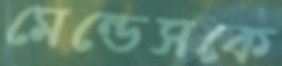
মেন্ডেসকে